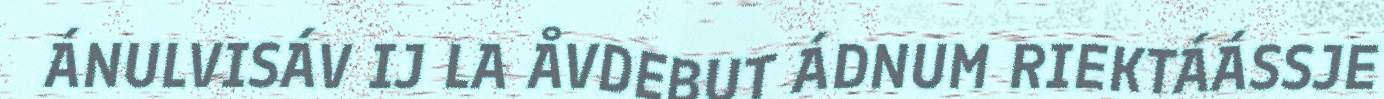
ÁNULVISÁV IJ LA ÅVDEBUT ÁDNUM RIEKTÁÁSSJE